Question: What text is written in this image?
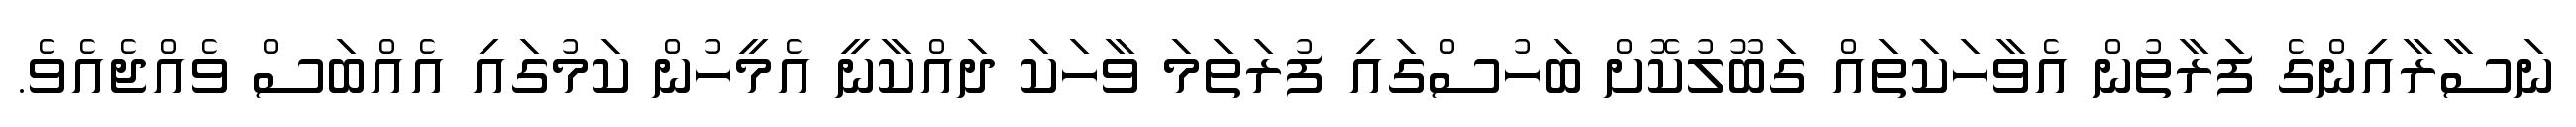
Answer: ނަސާރާއިންގެ ފަރާތުން އެވާހަކަތައް ގަބޫލުކޮށް ބަހުސްގައި ފުރަތަމަ ވާހަކަ ދައްކާނީ އެމީހުން ކަމުގައި އެއްބަސް ވެއްޖެއެވެ.